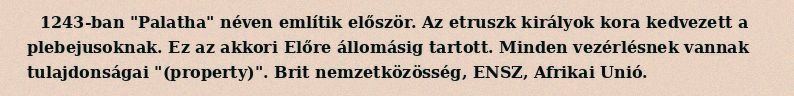
1243-ban "Palatha" néven említik először. Az etruszk királyok kora kedvezett a plebejusoknak. Ez az akkori Előre állomásig tartott. Minden vezérlésnek vannak tulajdonságai "(property)". Brit nemzetközösség, ENSZ, Afrikai Unió.